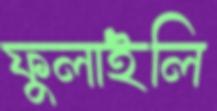
ফুলাইলি